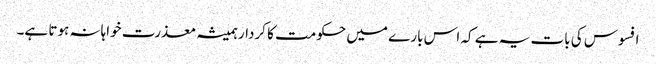
افسوس کی بات یہ ہے کہ اس بارے میں حکومت کا کردار ہمیشہ معذرت خواہانہ ہوتا ہے۔